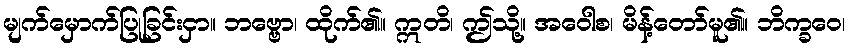
မျက်မှောက်ပြုခြင်းငှာ။ ဘဗ္ဗော၊ ထိုက်၏။ ဣတိ၊ ဤသို့။ အဝေါစ၊ မိန့်တော်မူ၏။ ဘိက္ခဝေ၊